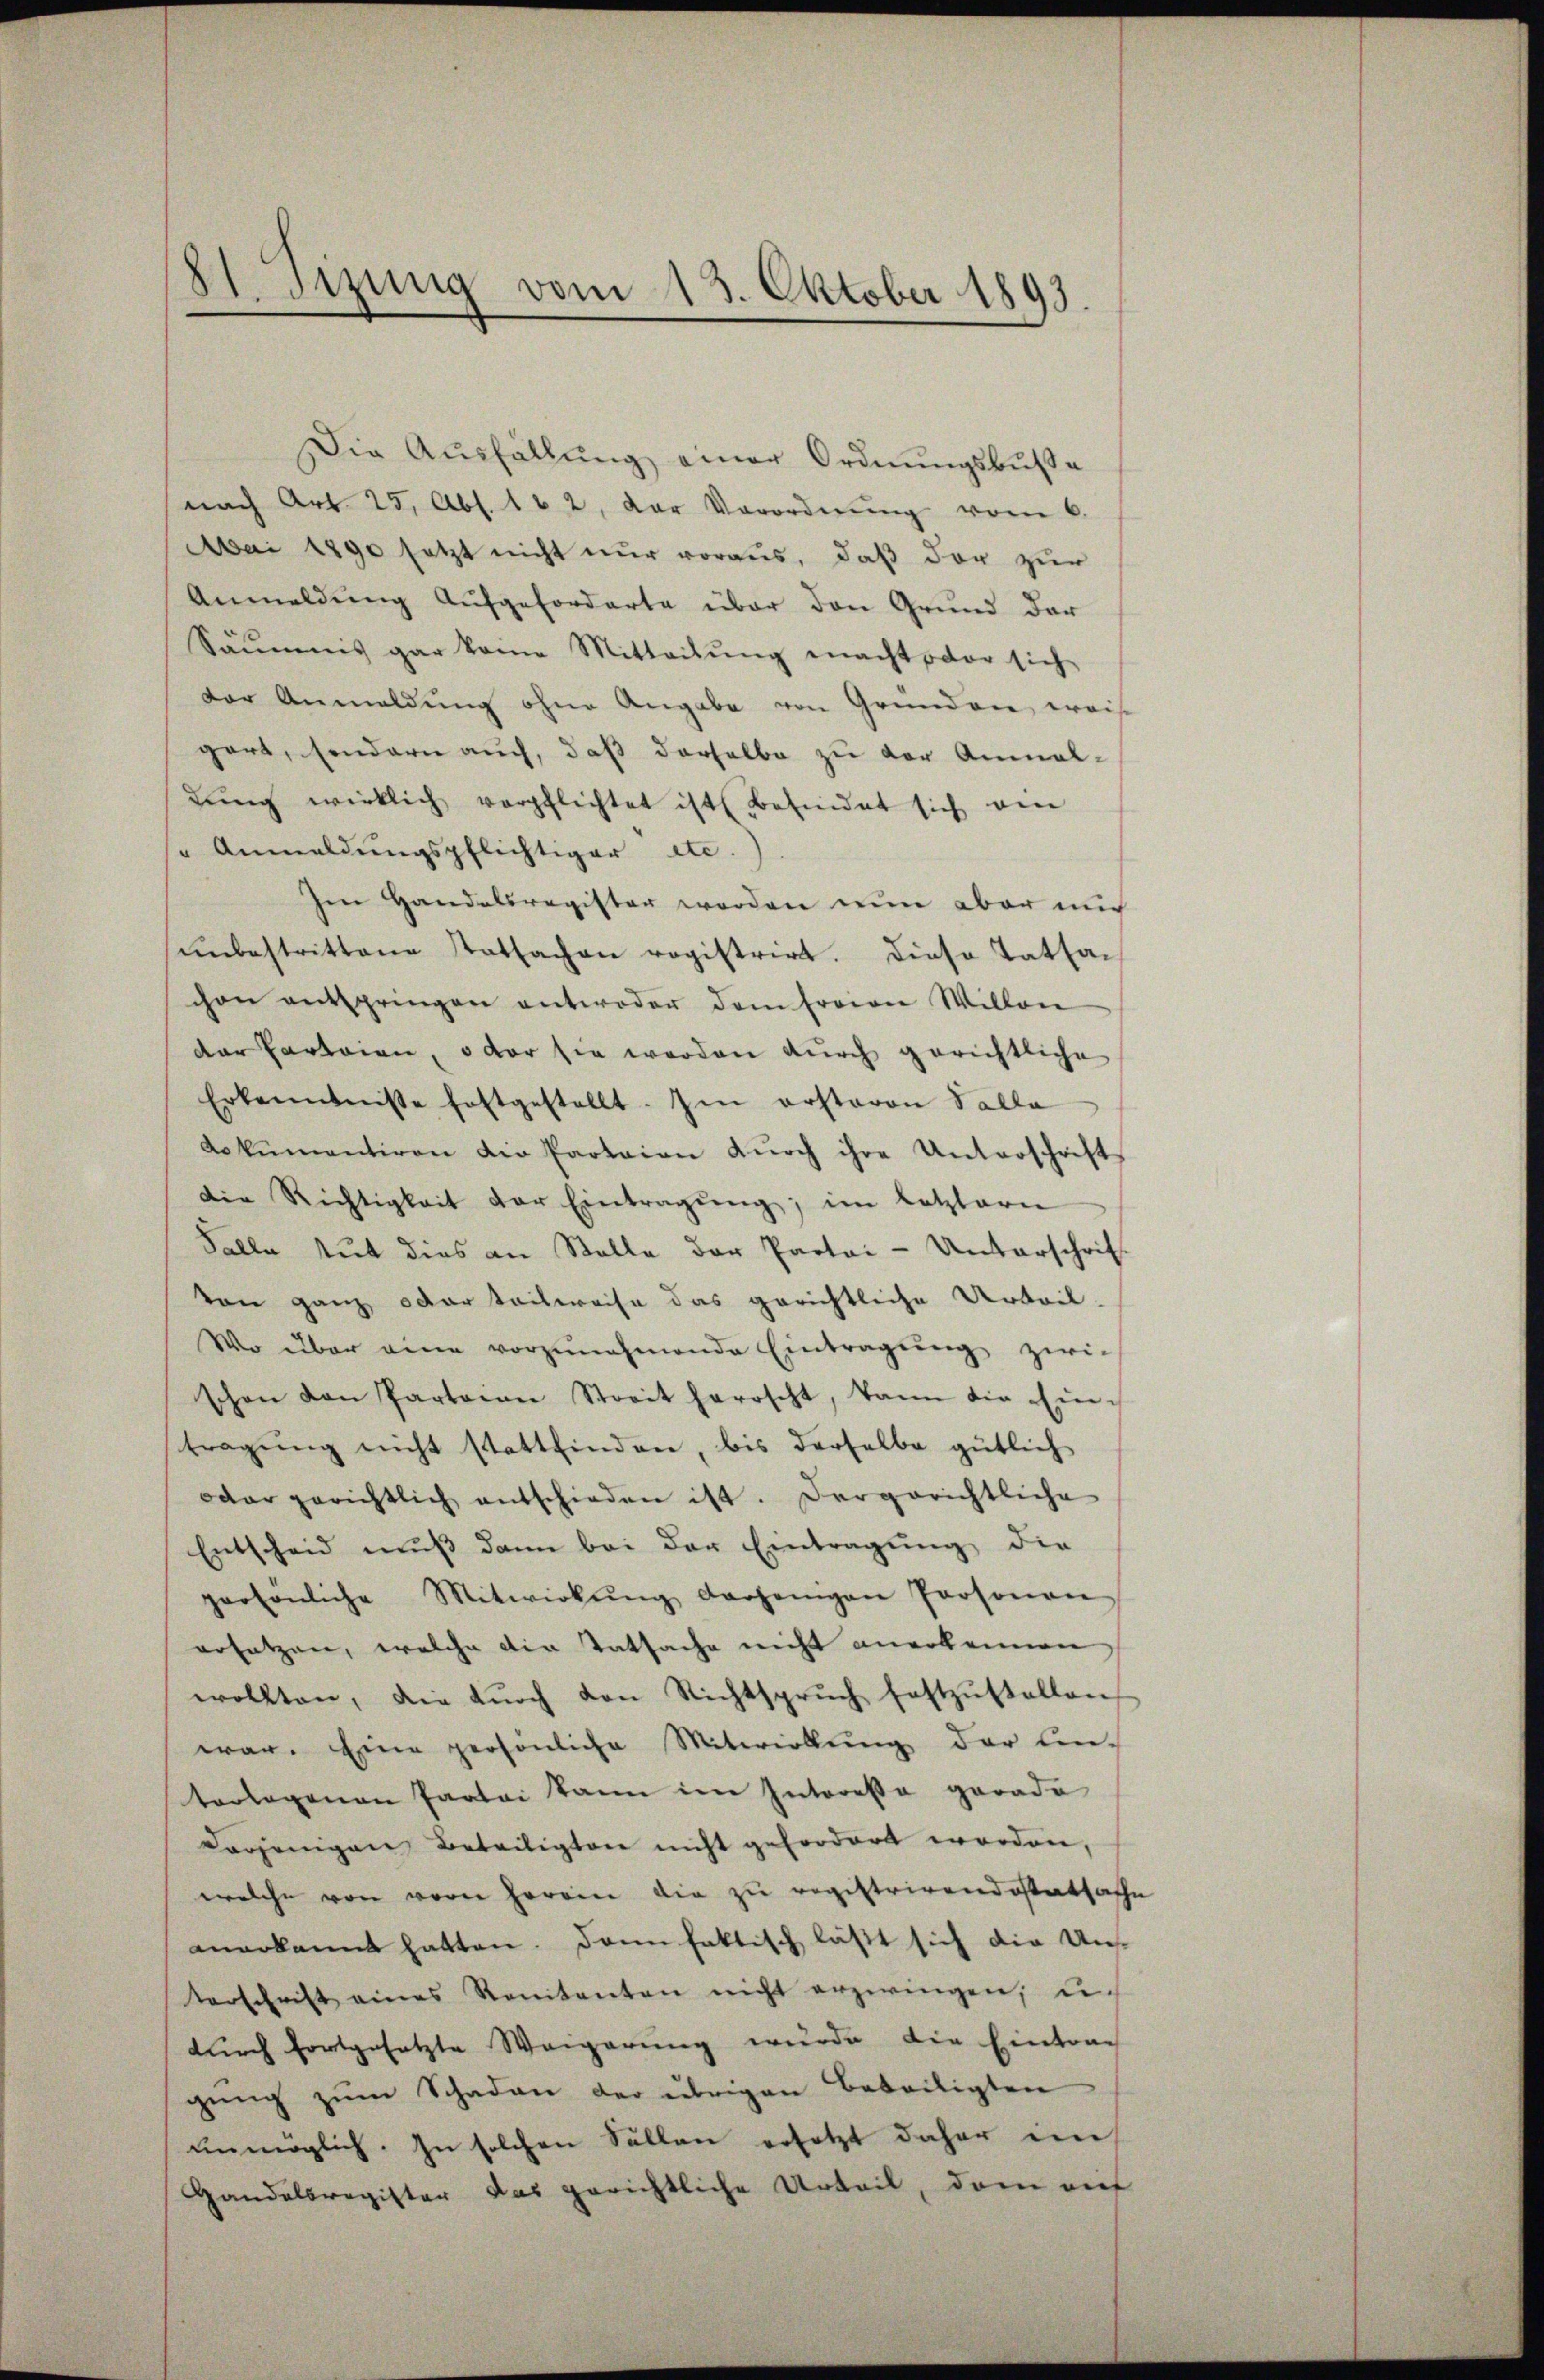
8 sizung vom 13. Oktober 1893.

Die Ausfällung einer Ordnungsbuße
nach Art. 25, Abs. 1 u 2, der Verordnŭng vom 6.
Mai 1890 setzt nicht nur voraus, daβ der zur
Anmeldung aufgeforderte über den Grund der
Säumnis gar keine Mitteilung macht der sich
der Anmeldung ohne Angabe von Gründen, weis
gart, sondern auch, daß derselbe zu der Annal-
lŭng wirklich verpflichtet ist befindet sich von
" Anmeldungspflichtiger etc.
Im Handelsregister werden nun aber mi
unbestrittene Tatsachen registrirt. Diese Tatsachen entspringen antwoder dem Froon Willen
der Parteien, oder sie werden durch gerichtliche
Erkenntnisse festgestellt. Im ersteren Salla
Lokumentiren die Partaion dŭrch ihre Unterschrift
Die Richtigkeit der Eintragŭng, im letztern
Falle tut dies an Stelle der Partei-Unterschrift
von ganz oder teilweise das gerichtliche Urteil-
Wo über eine vorzŭnehmende Eintragŭng zwi-
schon den Parteian Streit herrscht, kann die Ein-
tragung nicht stattfinden, bis derselbe gütlich
odar gerichtlich entschieden ist. Dargerichtliche
Entscheid muß dann bei der Eintragung die
persönliche Mitwirkŭng derjenigen Personan
ersatzen, welche die Tatsache nicht anerkennen
wollten, die dŭrch den Richtsprŭch festzŭstellen
war. Eine persönliche Mitwillung der Ein-
torlagenen Partei kann im Interessa gerade
derjenigen Beteiligter nicht gefordert worden,
welche von von Herren die zu registrirendestatsache
anerkannt hatten. Dann faktisch läßt sich die Unterschrift eines Konitenten nicht erzwingen, u.
durch fortgesetzte Weigerŭng würde die Eintrag
gŭng zŭm Schaden der übrigen Beteiligten
unmöglich. In solchen Sollen ersetzt daher im
Handelsregister das gerichtliche Urteil, dem auf